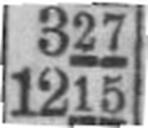
1215